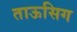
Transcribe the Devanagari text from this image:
ताऊसिग